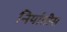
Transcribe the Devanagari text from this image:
निर्यातीस